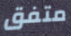
متفق